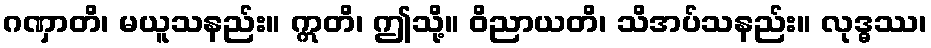
ဂဏှာတိ၊ မယူသနည်း။ ဣတိ၊ ဤသို့။ ဝိညာယတိ၊ သိအပ်သနည်း။ လုဒ္ဓဿ၊